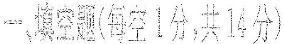
一、填空现(每空1分，共14分)